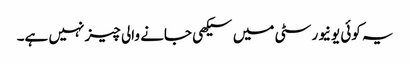
یہ کوئی یونیورسٹی میں سیکھی جانے والی چیز نہیں ہے۔